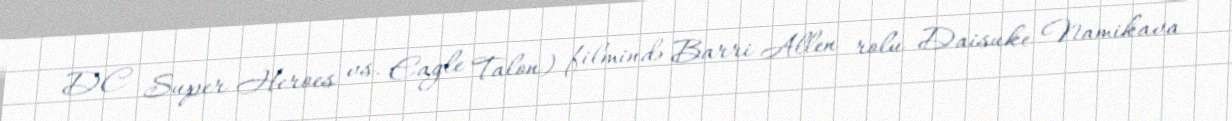
DC Super Heroes vs. Eagle Talon) filmində Barri Allen rolu Daisuke Namikava